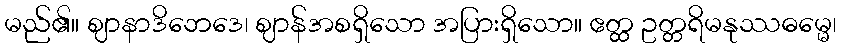
မည်၏။ ဈာနာဒိဘေဒေ၊ ဈာန်အစရှိသော အပြားရှိသော။ ဧတ္ထ ဥတ္တရိမနုဿဓမ္မေ၊